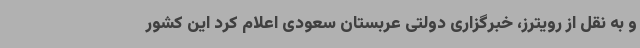
و به نقل از رویترز، خبرگزاری دولتی عربستان سعودی اعلام کرد این کشور